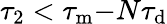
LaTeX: \tau_{2}<\tau_{\mathrm{m}}{-}N\tau_{\mathrm{d}}